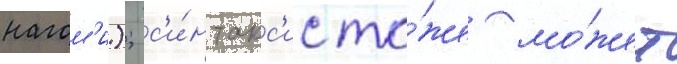
нагом'и); с'и́нтакс'ис то́же мо́жет